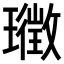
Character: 𭺉